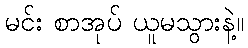
မင်း စာအုပ် ယူမသွားနဲ့။